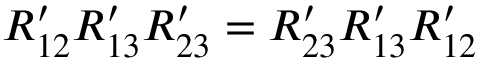
R _ { 1 2 } ^ { \prime } R _ { 1 3 } ^ { \prime } R _ { 2 3 } ^ { \prime } = R _ { 2 3 } ^ { \prime } R _ { 1 3 } ^ { \prime } R _ { 1 2 } ^ { \prime }